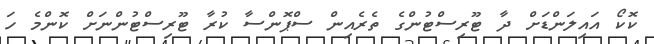
ކޮކޯ އައިލަންޑަށް ދާ ޓޫރިސްޓުންގެ ތެރެއިން ސްޕޮންސާ ކުރާ ޓޫރިސްޓުންނަށް ކޮންމެ ހަ